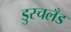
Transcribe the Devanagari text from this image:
डुस्चलँड